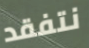
نتفقد